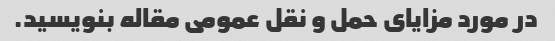
در مورد مزایای حمل و نقل عمومی مقاله بنویسید.